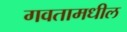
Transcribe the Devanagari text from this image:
गवतामधील